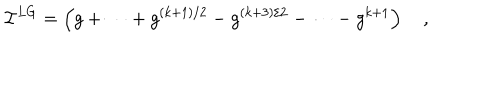
LaTeX: { \cal I } ^ { L G } = \left( g + \cdots + g ^ { ( k + 1 ) / 2 } - g ^ { ( k + 3 ) / 2 } - \cdots - g ^ { k + 1 } \right) \quad ,